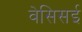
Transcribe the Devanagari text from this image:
वेसिसई